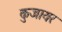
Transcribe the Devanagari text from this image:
कुजायर